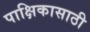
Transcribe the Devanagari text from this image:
पाक्षिकासाठी